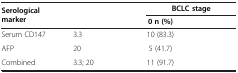
<table><thead><tr><td rowspan="2"><b>Serological marker</b></td><td rowspan="2">[EMPTY_CELL]</td><td colspan="2"><b>BCLC stage</b></td></tr><tr><td><b>0 n (%)</b></td><td>[EMPTY_CELL]</td></tr></thead><tbody><tr><td>Serum CD147</td><td>3.3</td><td>10 (83.3)</td><td>[EMPTY_CELL]</td></tr><tr><td>AFP</td><td>20</td><td>5 (41.7)</td><td>[EMPTY_CELL]</td></tr><tr><td>Combined</td><td>3.3; 20</td><td>11 (91.7)</td><td>[EMPTY_CELL]</td></tr></tbody></table>